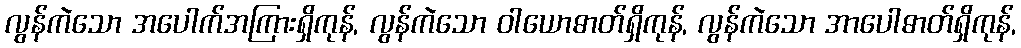
လွန်ကဲသော အပေါက်အကြားရှိကုန်, လွန်ကဲသော ဝါယောဓာတ်ရှိကုန်, လွန်ကဲသော အာပေါဓာတ်ရှိကုန်,